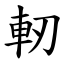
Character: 軔